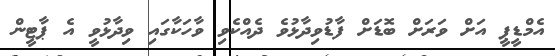
އެމްޑީޕީ އަށް ވަރަށް ބޮޑަށް ފާޑުވިދާޅުވެ ދެއްކެވި ވާހަކާގައި ވިދާޅުވީ އެ ޕާޓީން